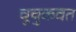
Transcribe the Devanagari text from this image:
चूचुकवत